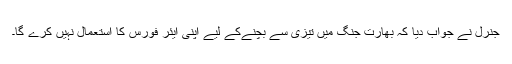
جنرل نے جواب دیا کہ بھارت جنگ میں تیزی سے بچنےکے لیے اپنی ایئر فورس کا استعمال نہیں کرے گا۔